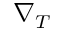
\nabla _ { T }